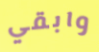
وابقي